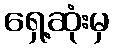
ရှေ့ဆုံးမှ